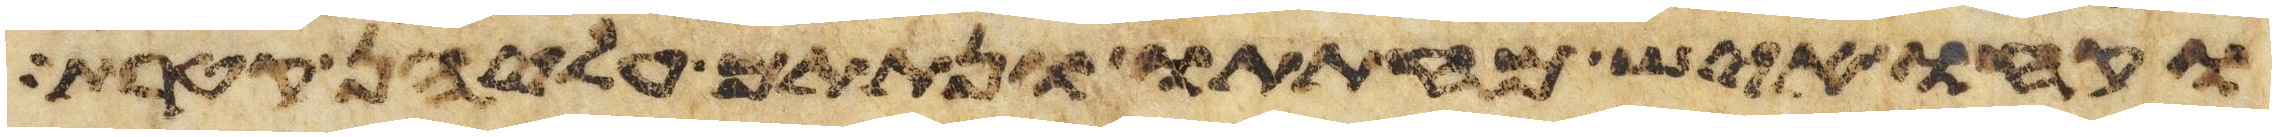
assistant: וקחו איש מחתתו ונתתם עליהן קטרת